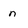
Character: n